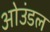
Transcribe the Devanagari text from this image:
ओउंडल